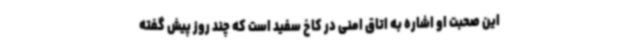
این صحبت او اشاره به اتاق امنی در کاخ سفید است که چند روز پیش گفته